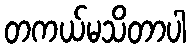
တကယ်မသိတာပါ